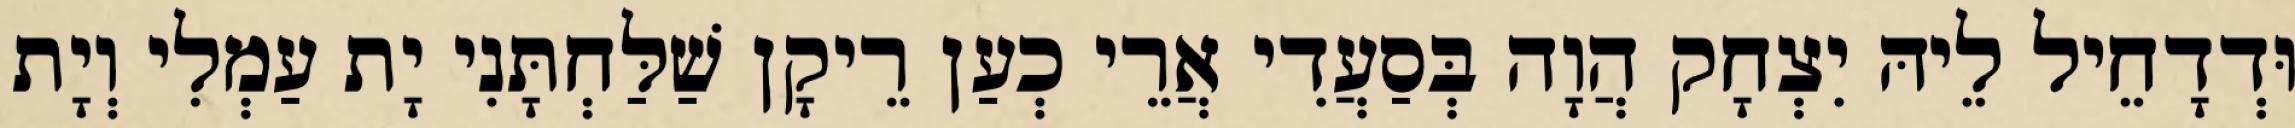
וּדְדָחֵיל לֵיהּ יִצְחָק הֲוָה בְּסַעֲדִי אֲרֵי כְעַן רֵיקָן שַׁלַּחְתָּנִי יָת עַמְלִי וְיָת